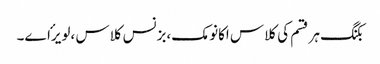
بکنگ ہر قسم کی کلاس اکانومک،بزنس کلاس ،لویرٴاے۔